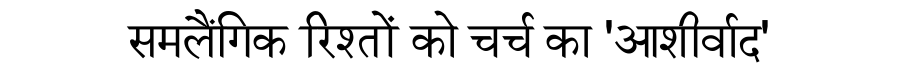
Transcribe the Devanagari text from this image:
समलैंगिक रिश्तों को चर्च का 'आशीर्वाद'